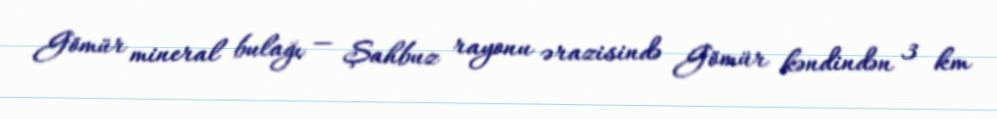
Gömür mineral bulağı — Şahbuz rayonu ərazisində Gömür kəndindən 3 km